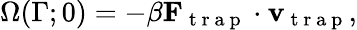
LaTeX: \Omega(\Gamma;0)=-\beta\mathbf{F}_{\mathrm{~t~r~a~p~}}\cdot\mathbf{v}_{\mathrm{~t~r~a~p~}},